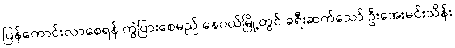
ပြန်ကောင်းလာစေရန် ကွဲပြားစေမည် နေပယ်မြို့တွင် ခရီးဆက်သော် ဦးအေးမင်းသိန်း